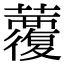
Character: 𧄏